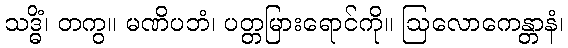
သဒ္ဓိံ၊ တကွ။ မဏိပဘံ၊ ပတ္တမြားရောင်ကို။ ဩလောကေန္တာနံ၊